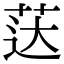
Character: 荙